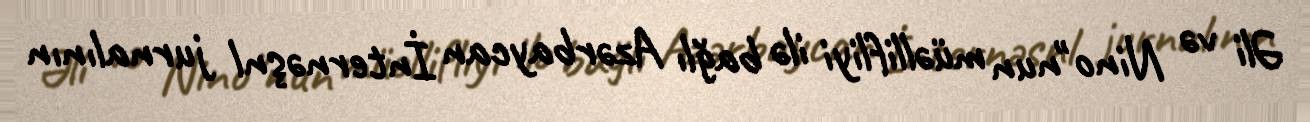
Əli və Nino"nun müəllifliyi ilə bağlı Azərbaycan İnternəşnl jurnalının